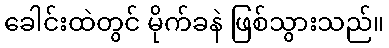
ခေါင်းထဲတွင် မိုက်ခနဲ ဖြစ်သွားသည်။